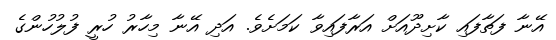
އޭނާ ފަތާފައި ކާށިދޫއަށް އަރާފައިވާ ކަމަށެވެ. އަދި އޭނާ މިހާރު ހުރީ ފުލުހުންގެ